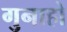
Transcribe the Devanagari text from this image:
गुनाहो